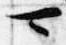
可